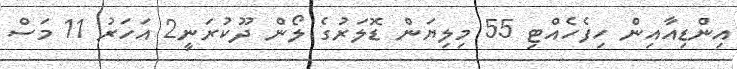
އިންޑިއާއިން ހިފެހެއްޓި 55 މިލިޔަން ޑޮލަރުގެ ލޯން ދޫކުރަނީ2 އަހަރު 11 މަސް